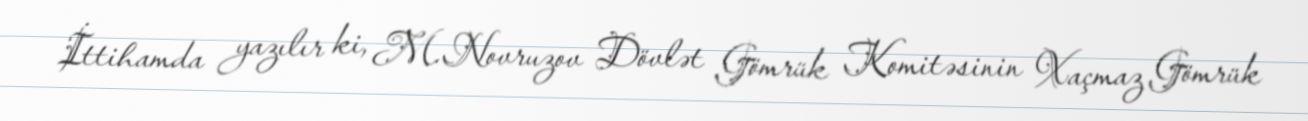
İttihamda yazılır ki, M.Novruzov Dövlət Gömrük Komitəsinin Xaçmaz Gömrük